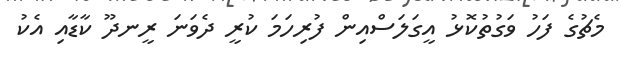
މެޗުގެ ފަހު ވަގުތުކޮޅު އީގަލަސްއިން ފުރިހަމަ ކުރީ ދެވަނަ ރީނދޫ ކާޑާއި އެކު